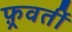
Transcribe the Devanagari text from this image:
फ़्रवर्ती